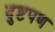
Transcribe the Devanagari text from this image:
दुष्टपण